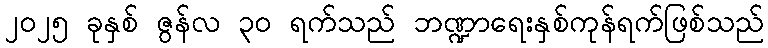
၂၀၂၅ ခုနှစ် ဇွန်လ ၃၀ ရက်သည် ဘဏ္ဍာရေးနှစ်ကုန်ရက်ဖြစ်သည်